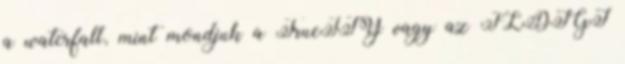
a waterfall, mint mondjuk a TrueTTY vagy az FLDIGI